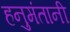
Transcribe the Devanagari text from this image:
हनुमंतानी